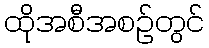
ထိုအစီအစဉ်တွင်